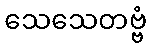
သေသေတဗ္ဗံ